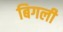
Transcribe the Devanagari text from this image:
बिगली